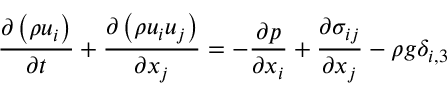
\frac { \partial \left( \rho u _ { i } \right) } { \partial t } + \frac { \partial \left( \rho u _ { i } u _ { j } \right) } { \partial x _ { j } } = - \frac { \partial p } { \partial x _ { i } } + \frac { \partial \sigma _ { i j } } { \partial x _ { j } } - \rho g \delta _ { i , 3 }